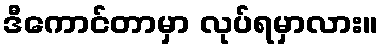
ဒီကောင်တာမှာ လုပ်ရမှာလား။